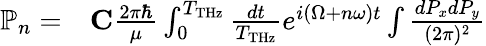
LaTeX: \begin{array}{rl}{\mathbb{P}_{n}=}&{{}{\mathbf C}\frac{2\pi\hbar}{\mu}\int_{0}^{T_{\mathrm{THz}}}\frac{dt}{T_{\mathrm{THz}}}e^{i(\Omega+n\omega)t}\int\frac{dP_{x}dP_{y}}{(2\pi)^{2}}}\end{array}